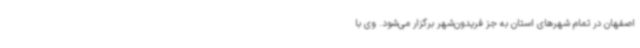
اصفهان در تمام شهرهای استان به جز فریدون‌شهر برگزار می‌شود. وی با